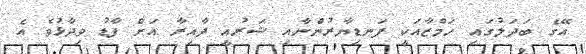
އޭގެ ބަދަލުގައި ހަމްޒާއަކީ ފަނޑިޔާރުންނާއި ޝަރުއީ ދާއިރާ އަށް ފާޑު ވިދާޅުވެ އެ